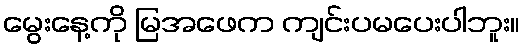
မွေးနေ့ကို မြအဖေက ကျင်းပမပေးပါဘူး။